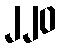
၂၂၀